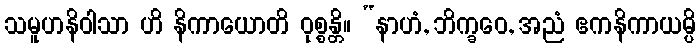
သမူဟနိဝါသာ ဟိ နိကာယောတိ ဝုစ္စန္တိ။ “နာဟံ, ဘိက္ခဝေ, အညံ ဧကနိကာယမ္ပိ